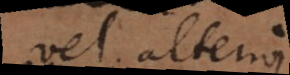
vel alterius.